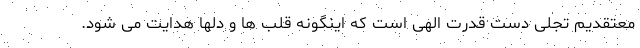
معتقدیم تجلی دست قدرت الهی است که اینگونه قلب ها و دلها هدایت می شود.